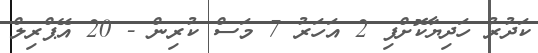
ކަދުރު ހަދިޔާކޮށްފި 2 އަހަރު 7 މަސް ކުރިން - 20 އޭޕްރިލް